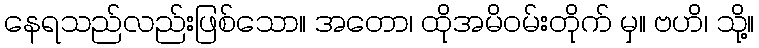
နေရသည်လည်းဖြစ်သော။ အတော၊ ထိုအမိဝမ်းတိုက် မှ။ ဗဟိ၊ သို့။